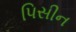
પિસીન